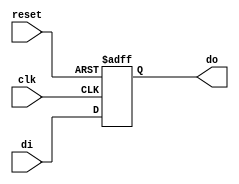
module PC(
          input clk,
          input reset,
          input [31:0] di,   //
          output reg [31:0] do   //
          );
        always @(posedge clk,negedge reset)
              begin
              	if(!reset)
              	   do<=32'b0;
              	 else
              	   do<=di;
              	end
endmodule